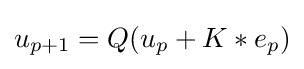
u_{p+1}=Q(u_{p}+K*e_{p})